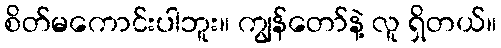
စိတ်မကောင်းပါဘူး။ ကျွန်တော်နဲ့ လူ ရှိတယ်။